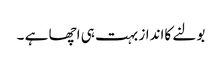
بولنے کاانداز بہت ہی اچھا ہے ۔